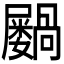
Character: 𫵭